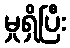
မှုရှိပြီး